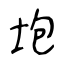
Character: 垉